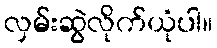
လှမ်းဆွဲလိုက်ယုံပါ။